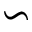
\backsim